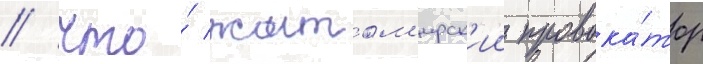
/ что́ житом'ирск'ии провока́тор